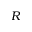
R